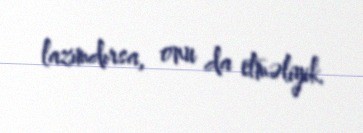
lazımdırsa, onu da etməliyik.